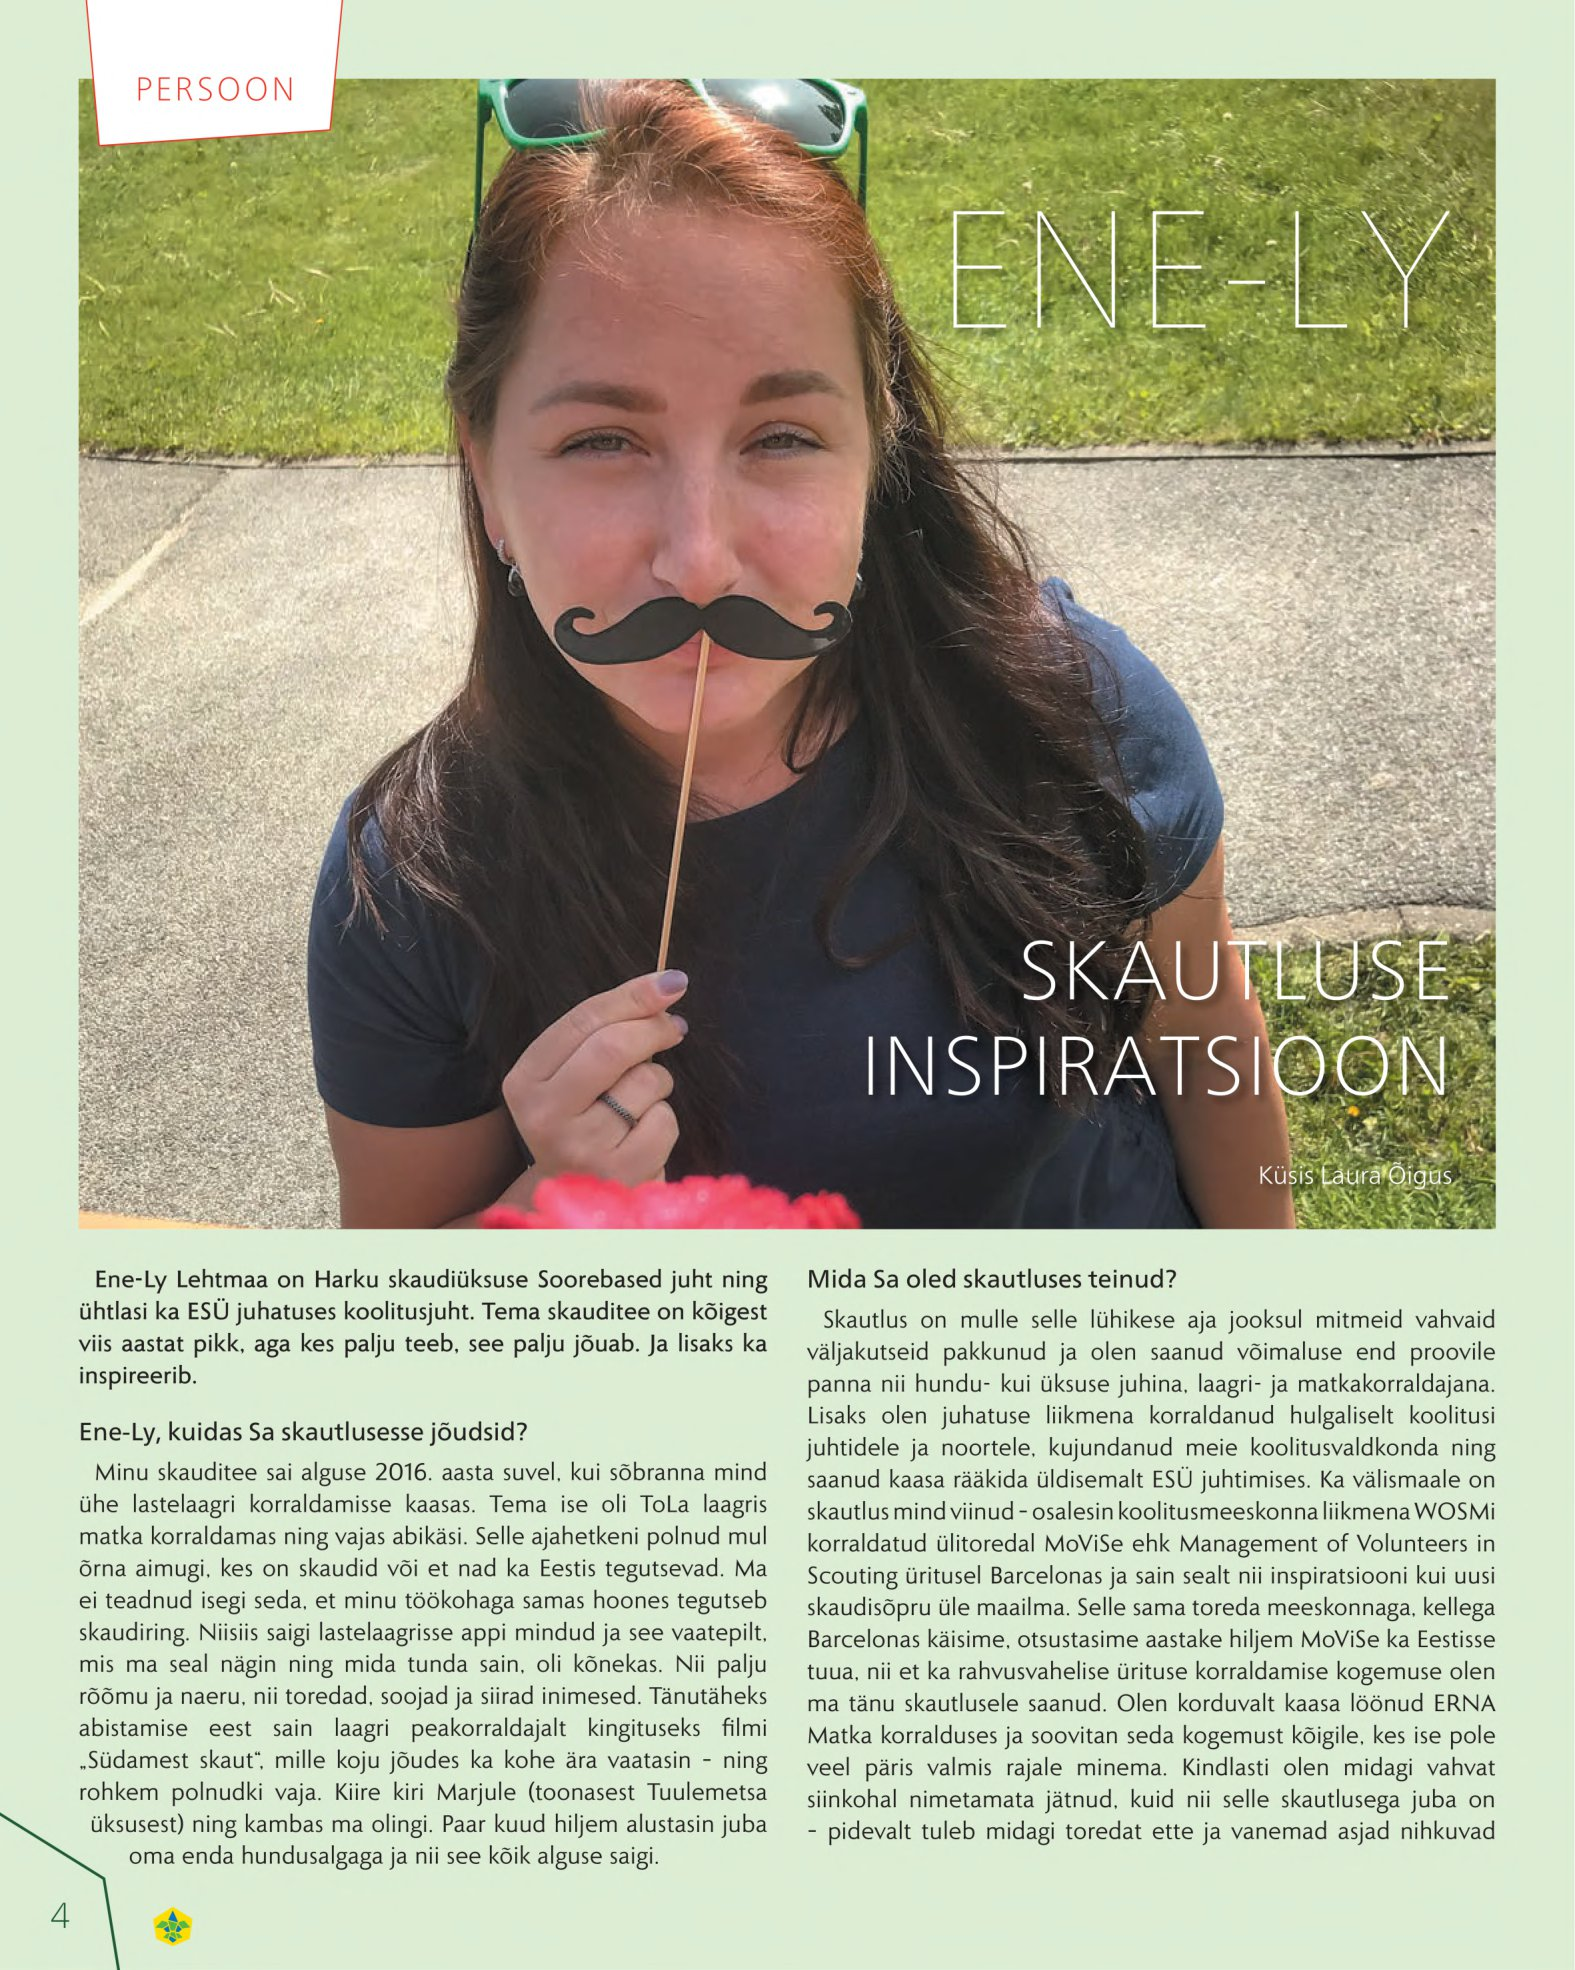
Language: et